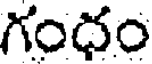
గంధం